Vaccine operations Central Provinces 1886-1899 - 1886-1899
Year: 1886
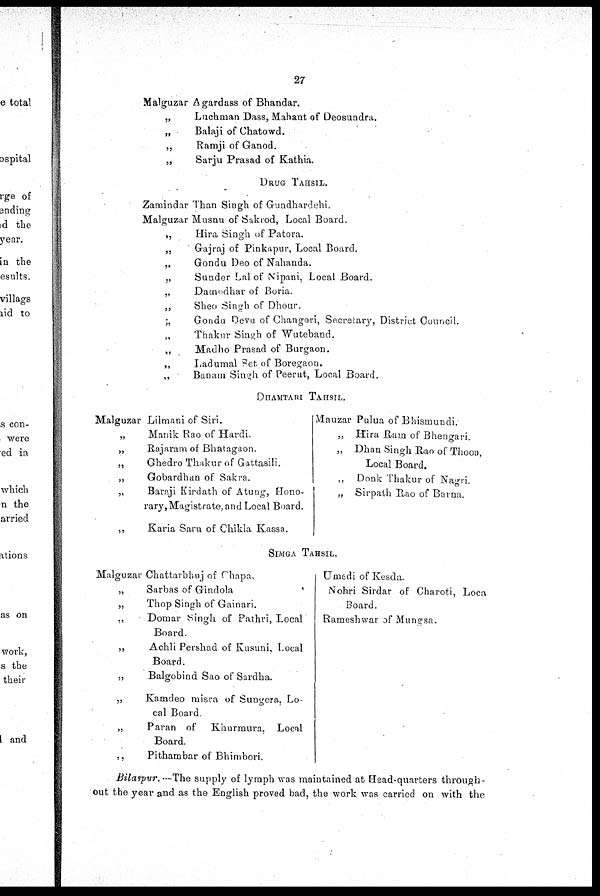
27
Malguzar Agardass of Bhandar.
„
Luchman Dass, Mahant of Deosundra.
„
Balaji of Chatowd.
„
Ramji of Ganod.
„
Sarju Prasad of Kathia.
DRUG TAHSIL.
Zamindar Than Singh of Gundhardehi.
Malguzar Musnu of Sakrod, Local Board.
„
Hira Singh of Patora.
„
Gajraj of Pinkapur, Local Board.
„
Gondu Deo of Nahanda.
„
Sunder Lal of Nipani, Local Board.
„
Damodhar of Boria.
„
Sheo Singh of Dhour.
;,
Gondu Devu of Changori, Secretary, District Council.
Thakur Singh of Wuteband.
„
Madho Prasad of Burgaon.
„
Ladumal Set of Boregaon.
„
Banam Singh of Peerut, Local Board.
DHAMTARI TAHSIL.
Malguzar
„
„
„
„
91
„
Lilmani of Siri.
Manik Rao of Hardi.
Rajaram of Bhatagaon.
Ghedro Thakur of Gattasili.
Gobardhan of Sakra.
Baraji Kirdath of Atung, Hono-
rary, Magistrate, and Local Board.
Karia Saru of Chikla Kassa.
Mauzar Pulua of Bhismundi.
„ Hira Ram of Bhengari.
„ Dhan Singh Rao of Thooo,
Local Board.
„ Donk Thakur of Nagri.
„ Sirpath Rao of Barna.
SIMGA TAHSIL.
Malguzar
„
„
„
„
„
„
„
„
Chattarbhuj of Chapa.
Sarbas of Gindola
Thop Singh of Gainari.
Domar Singh of Pathri, Local
Board.
Achli Pershad of Kusuni, Local
Board.
Balgobind Sao of Sardha.
Kamdeo misra of Sungera, Lo-
cal Board
Paran of Khurmura, Local
Board.
Pithambar of Bhimbori.
Umedi of Kesda.
Nohri Sirdar of Charoti, Loca
Board.
Rameshwar of Mungsa.
Bilspur. — The supply of lymph was maintained at Head-quarters through-
out the year and as the English proved bad, the work was carried on with the